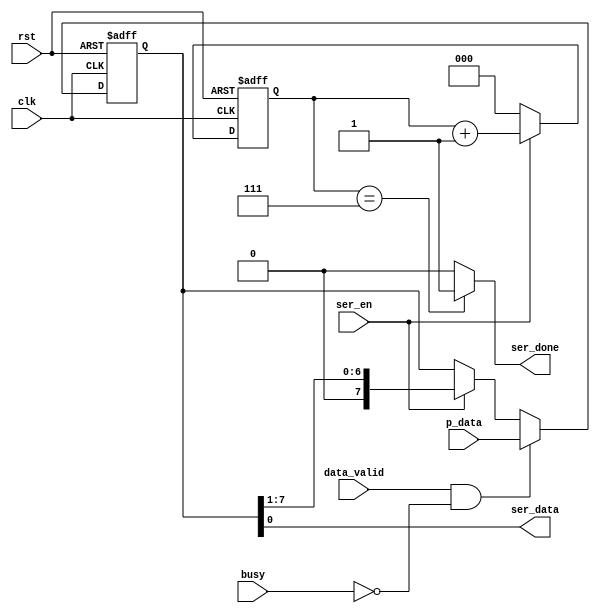
module serailizer #(parameter data_width = 8)
(clk,rst,ser_en,data_valid,busy,p_data,ser_data,ser_done);

input                    clk;
input                    rst;
input                    ser_en;
input                    data_valid;
input                    busy;
input [data_width-1 : 0] p_data;

output                   ser_data;
output                   ser_done; 

reg [(3 - 1):0] counter = {3{1'b0}};
reg [data_width-1 : 0]           data_reg;


always @ (posedge clk or negedge rst)
begin
  if(!rst)
   begin
    data_reg <= 'b0 ;
   end
  else if(data_valid && !busy)
   begin
    data_reg <= p_data ;
   end	
  else if(ser_en)
   begin
    data_reg <= data_reg >> 1 ;         // shift register
   end
end
 

always @ (posedge clk or negedge rst)
begin
  if(!rst)
   begin
    counter <= 'b0 ;
   end
  else
   begin
    if (ser_en)
	 begin
        counter <= counter + 'b1 ;		 
	 end
	else 
	 begin
        counter <= 'b0 ;		 
	 end	
   end
end 

assign ser_done = (counter == 'b111) ? 1'b1 : 1'b0 ;

assign ser_data = data_reg[0] ;


endmodule